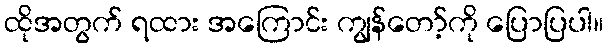
ထိုအတွက် ရထား အကြောင်း ကျွန်တော့်ကို ပြောပြပါ။